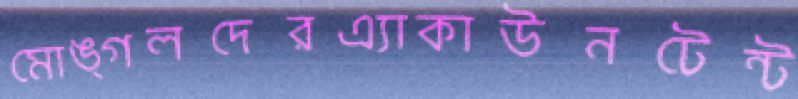
মোঙ্গলদেরএ্যাকাউনটেন্ট